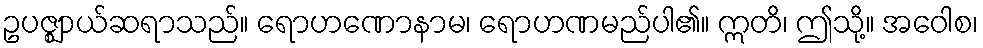
ဥပဇ္ဈာယ်ဆရာသည်။ ရောဟဏောနာမ၊ ရောဟဏမည်ပါ၏။ ဣတိ၊ ဤသို့။ အဝေါစ၊